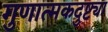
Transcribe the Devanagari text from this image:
गुणात्मकदुष्ट्या